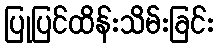
ပြုပြင်ထိန်းသိမ်းခြင်း